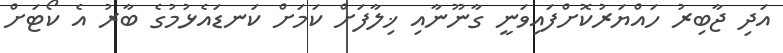
އަދި ޖާބިރު ހައްޔަރުކޮށްފައިވަނީ ގާނޫނާއި ޚިލާފަށް ކަމަށް ކަނޑައެޅުމުގެ ބާރު އެ ކޯޓަށް